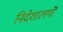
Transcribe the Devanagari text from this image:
निदेशालयों